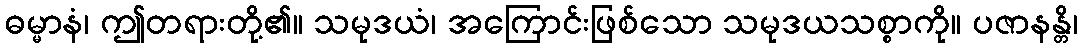
ဓမ္မာနံ၊ ဤတရားတို့၏။ သမုဒယံ၊ အကြောင်းဖြစ်သော သမုဒယသစ္စာကို။ ပဇာနန္တိ၊